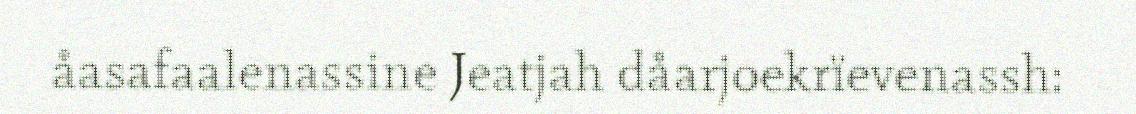
åasafaalenassine Jeatjah dåarjoekrïevenassh: